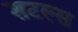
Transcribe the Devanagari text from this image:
शटल्स